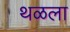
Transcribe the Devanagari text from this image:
थळला